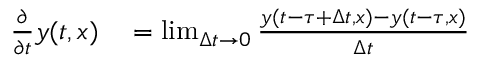
\begin{array} { r l } { \frac { \partial } { \partial t } y ( t , x ) } & { { } = \operatorname* { l i m } _ { \Delta t \rightarrow 0 } \frac { y ( t - \tau + \Delta t , x ) - y ( t - \tau , x ) } { \Delta t } } \end{array}